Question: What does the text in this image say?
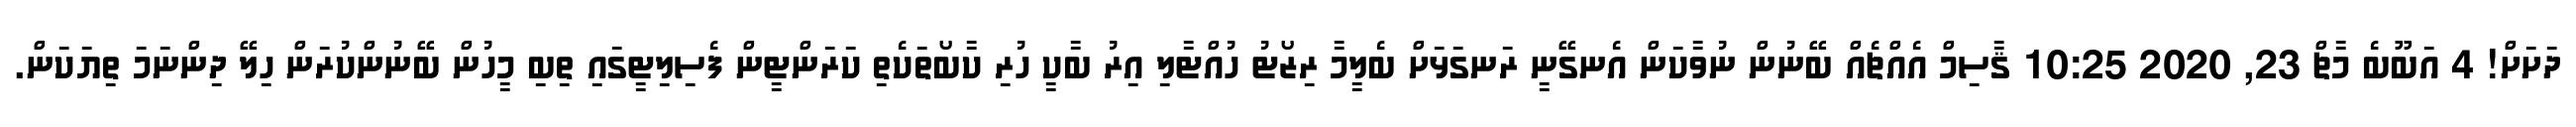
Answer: ދަށަށް! 4 އަބޫބެ މާޗް 23, 2020 10:25 ޤާސިމް އެއްޗެއް ބޭނުން ނުވާކަން އެނގޭނީ ރަނގަޅަށް ބެލީމާ ރިޒޯޓު ހުއްޓާލި އިރު ބާކީ ހުރި ކާބޯތަކެތި ކަރަންޓީން ފެސިލިޓީގައި ތިބި މީހުން ބޭނުންކުރަން ހިލޭ ދިންނަމަ ތިޔަކަން.